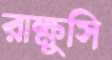
রাক্ষুসি